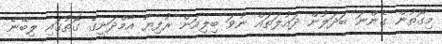
މިގޮތުން ގެންނަ ބަދަލުން ދައުލަތައް ނުވަ ބިލިއަން ރުފިޔާ އާމްދަނީގެ ގޮތުގައި ލިބޭނެ